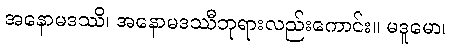
အနောမဒဿိ၊ အနောမဒဿီဘုရားလည်းကောင်း။ မဒူမော၊